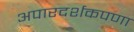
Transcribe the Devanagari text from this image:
अपारदर्शकपणा